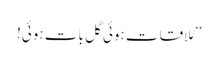
’’مُلاقات ہوئی گل بات ہوئی!